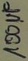
Text: 100µF